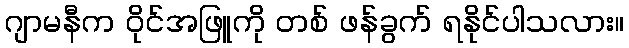
ဂျာမနီက ဝိုင်အဖြူကို တစ် ဖန်ခွက် ရနိုင်ပါသလား။